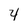
Character: 4